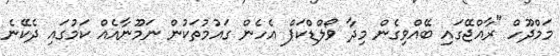
މަމްދޫހް "ރާއްޖޭގައި ބޭއްވިގެން މިދާ ވޯލްޑްކަޕް އެހެން ގައުމުތަކުން ނަމޫނާއެއް ކަމުގައި ދެކޭނެ